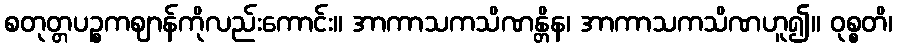
စတုတ္တပဉ္စကဈာန်ကိုလည်းကောင်း။ အာကာသကသိဏန္တိန၊ အာကာသကသိဏဟူ၍။ ဝုစ္စတိ၊